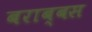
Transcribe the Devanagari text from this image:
बराब्बस